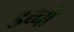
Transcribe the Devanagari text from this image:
डच्चों